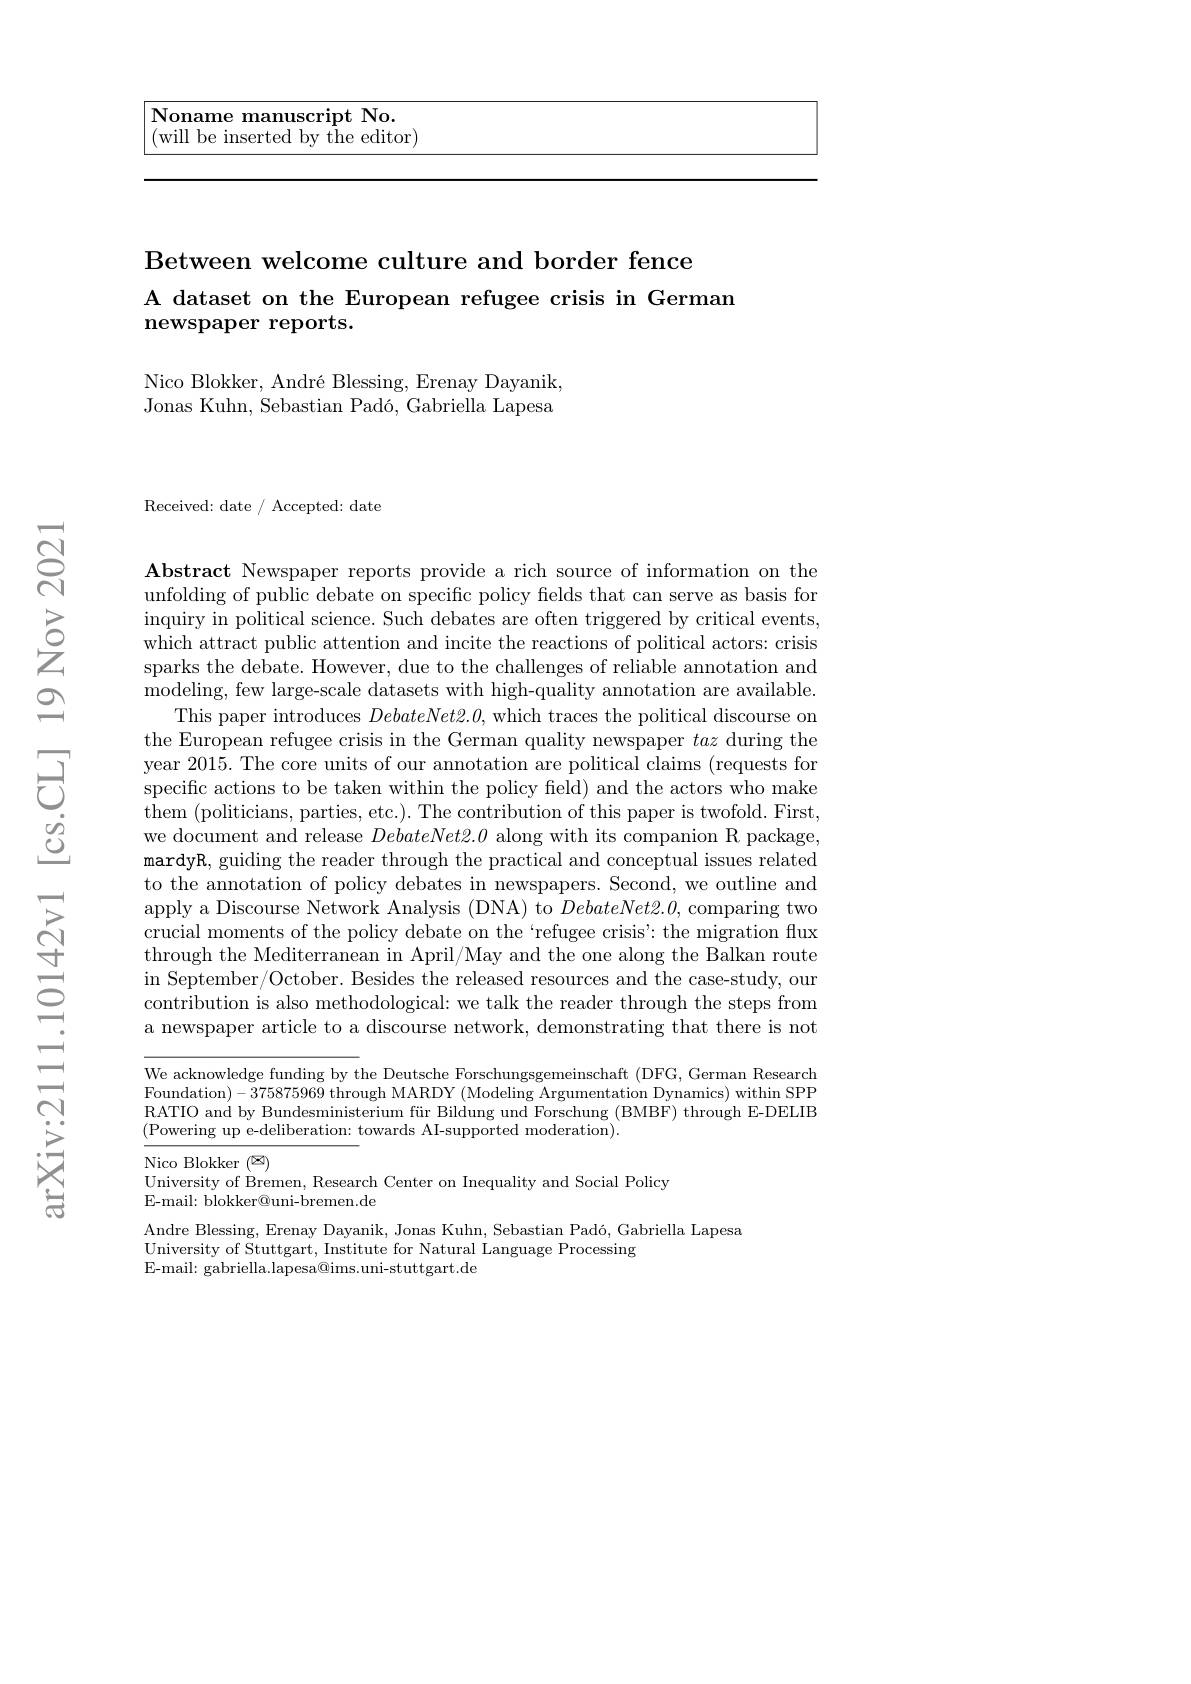
<table>
	<tbody>
		<tr>
			<td>Noname manuscript No. $^{\prime }$will be inserted bv the editor) </td>
			<td> </td>
		</tr>
	</tbody>
</table>

### Between welcome culture and border fence A dataset on the European refugee crisis in German ${\mathrm{newspaper~reports.}}$

Nico Blokker, André Blessing, Erenay Dayanik, Jonas Kuhn, Sebastian Padó, Gabriella Lapesa

Received: date / Accepted: date

Abstract Newspaper reports provide a rich source of information on the unfolding of public debate on specific policy fields that can serve as basis for inquiry in political science. Such debates are often triggered by critical events, which attract public attention and incite the reactions of political actors: crisis sparks the debate. However, due to the challenges of reliable annotation and modeling, few large-scale datasets with high-quality annotation are available.
This paper introduces $DebateNet2.0$, which traces the political discourse on the European refugee crisis in the German quality newspaper taz during the year 2015. The core units of our annotation are political claims (requests for specific actions to be taken within the policy field) and the actors who make them (politicians, parties, etc.). The contribution of this paper is twofold. First, we document and release $DebateNet2.0$ along with its companion R package, mardyR, guiding the reader through the practical and conceptual issues related to the annotation of policy debates in newspapers. Second, we outline and apply a Discourse Network Analysis (DNA) to $DebateNet2.0$, comparing two crucial moments of the policy debate on the `refugee crisis': the migration flux through the Mediterranean in April/May and the one along the Balkan route in September/October. Besides the released resources and the case-study, our contribution is also methodological: we talk the reader through the steps from a newspaper article to a discourse network, demonstrating that there is not

We acknowledge funding by the Deutsche Forschungsgemeinschaft (DFG, German Research Foundation)-375875969 through MARDY (Modeling Argumentation Dynamics) within SPP RATIO and by Bundesministerium f$\" {u}$r Bildung und Forschung ( BMBF) through E- DELIB (Powering up e-deliberation: towards AI-supported moderation).

Nico Blokker $(\mathbb{Z})$
University of Bremen, Research Center on Inequality and Social Policy
E-mail: blokker@uni-bremen.de
Andre Blessing, Erenay Dayanik, Jonas Kuhn, Sebastian Padó, Gabriella Lapesa
University of Stuttgart, Institute for Natural Language Processing
E-mail: gabriella.lapesa@ims.uni-stuttgart.de